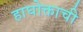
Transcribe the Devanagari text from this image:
हाघोक्ताची